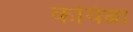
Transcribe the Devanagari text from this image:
कोयंब्रा